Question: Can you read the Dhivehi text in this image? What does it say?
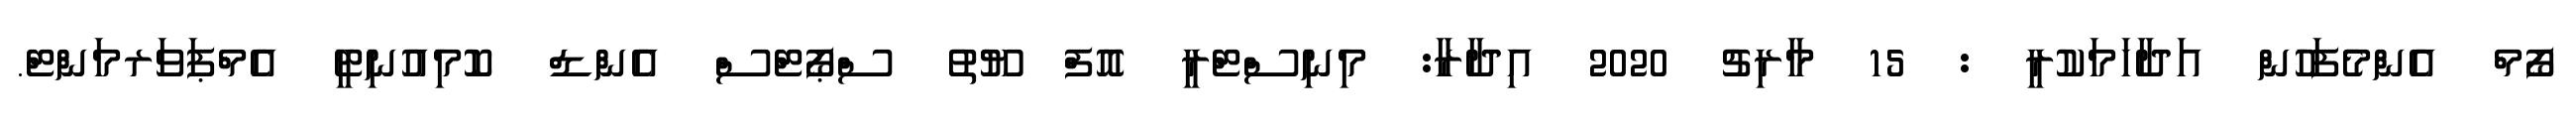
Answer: ފޯމް އެންމެފަހުން އަދާހަމަކުރީ : 15 މާރިޗު 2020 އިދާރާ: މިނިސްޓްރީ އޮފް ޔޫތު ސްޕޯޓްސް އެންޑް ކޮމިއުނިޓީ އެމްޕަވަރމަންޓް.